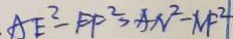
A E ^ { 2 } - E F ^ { 2 } > A N ^ { 2 } - N F ^ { 2 }